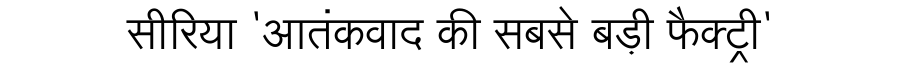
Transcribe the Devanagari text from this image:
सीरिया 'आतंकवाद की सबसे बड़ी फैक्ट्री'